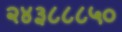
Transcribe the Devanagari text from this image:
२४३८८८५०